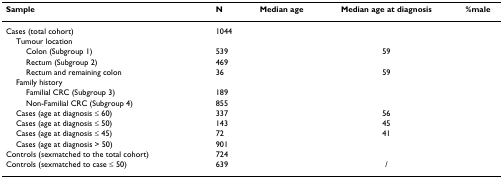
<table><thead><tr><td><b>Sample</b></td><td><b>N</b></td><td><b>Median age</b></td><td><b>Median age at diagnosis</b></td><td><b>%male</b></td></tr></thead><tbody><tr><td>Cases (total cohort)</td><td>1044</td><td>[EMPTY_CELL]</td><td>[EMPTY_CELL]</td><td>[EMPTY_CELL]</td></tr><tr><td> Tumour location</td><td>[EMPTY_CELL]</td><td>[EMPTY_CELL]</td><td>[EMPTY_CELL]</td><td>[EMPTY_CELL]</td></tr><tr><td>Colon (Subgroup 1)</td><td>539</td><td>[EMPTY_CELL]</td><td>59</td><td>[EMPTY_CELL]</td></tr><tr><td>Rectum (Subgroup 2)</td><td>469</td><td>[EMPTY_CELL]</td><td>[EMPTY_CELL]</td><td>[EMPTY_CELL]</td></tr><tr><td>Rectum and remaining colon</td><td>36</td><td>[EMPTY_CELL]</td><td>59</td><td>[EMPTY_CELL]</td></tr><tr><td> Family history</td><td>[EMPTY_CELL]</td><td>[EMPTY_CELL]</td><td>[EMPTY_CELL]</td><td>[EMPTY_CELL]</td></tr><tr><td>Familial CRC (Subgroup 3)</td><td>189</td><td>[EMPTY_CELL]</td><td>[EMPTY_CELL]</td><td>[EMPTY_CELL]</td></tr><tr><td>Non-Familial CRC (Subgroup 4)</td><td>855</td><td>[EMPTY_CELL]</td><td>[EMPTY_CELL]</td><td>[EMPTY_CELL]</td></tr><tr><td> Cases (age at diagnosis ≤ 60)</td><td>337</td><td>[EMPTY_CELL]</td><td>56</td><td>[EMPTY_CELL]</td></tr><tr><td> Cases (age at diagnosis ≤ 50)</td><td>143</td><td>[EMPTY_CELL]</td><td>45</td><td>[EMPTY_CELL]</td></tr><tr><td> Cases (age at diagnosis ≤ 45)</td><td>72</td><td>[EMPTY_CELL]</td><td>41</td><td>[EMPTY_CELL]</td></tr><tr><td> Cases (age at diagnosis &gt; 50)</td><td>901</td><td>[EMPTY_CELL]</td><td>[EMPTY_CELL]</td><td>[EMPTY_CELL]</td></tr><tr><td>Controls (sexmatched to the total cohort)</td><td>724</td><td>[EMPTY_CELL]</td><td>[EMPTY_CELL]</td><td>[EMPTY_CELL]</td></tr><tr><td>Controls (sexmatched to case ≤ 50)</td><td>639</td><td>[EMPTY_CELL]</td><td>/</td><td>[EMPTY_CELL]</td></tr></tbody></table>